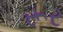
રૂર